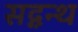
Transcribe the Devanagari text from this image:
सद्ग्रन्थ